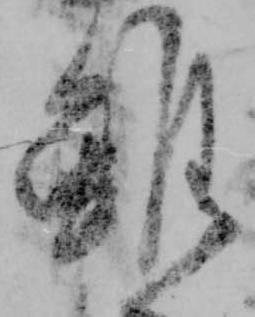
雖